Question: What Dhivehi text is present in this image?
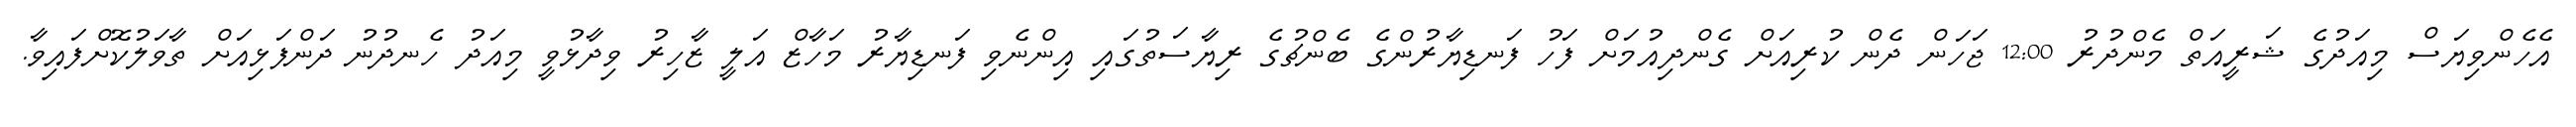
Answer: އެހެންވިޔަސް މިއަދުގެ ޝަރީއަތް މެންދުރު 12:00 ޖަހަން ދެން ކުރިއަށް ގެންދިއުމަށް ފަހު ފަނޑިޔާރުންގެ ބެންޗުގެ ރިޔާސަތުގައި އިންނެވި ފަނޑިޔާރު މަހާޒް އަލީ ޒާހިރު ވިދާޅުވީ މިއަދު ހެނދުނު ދަންފަޅިއަށް ތާވަލުކޮށްފައިވާ.